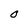
Character: O